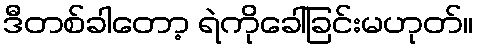
ဒီတစ်ခါတော့ ရဲကိုခေါ်ခြင်းမဟုတ်။